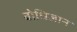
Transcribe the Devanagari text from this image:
बोधिज्ञान